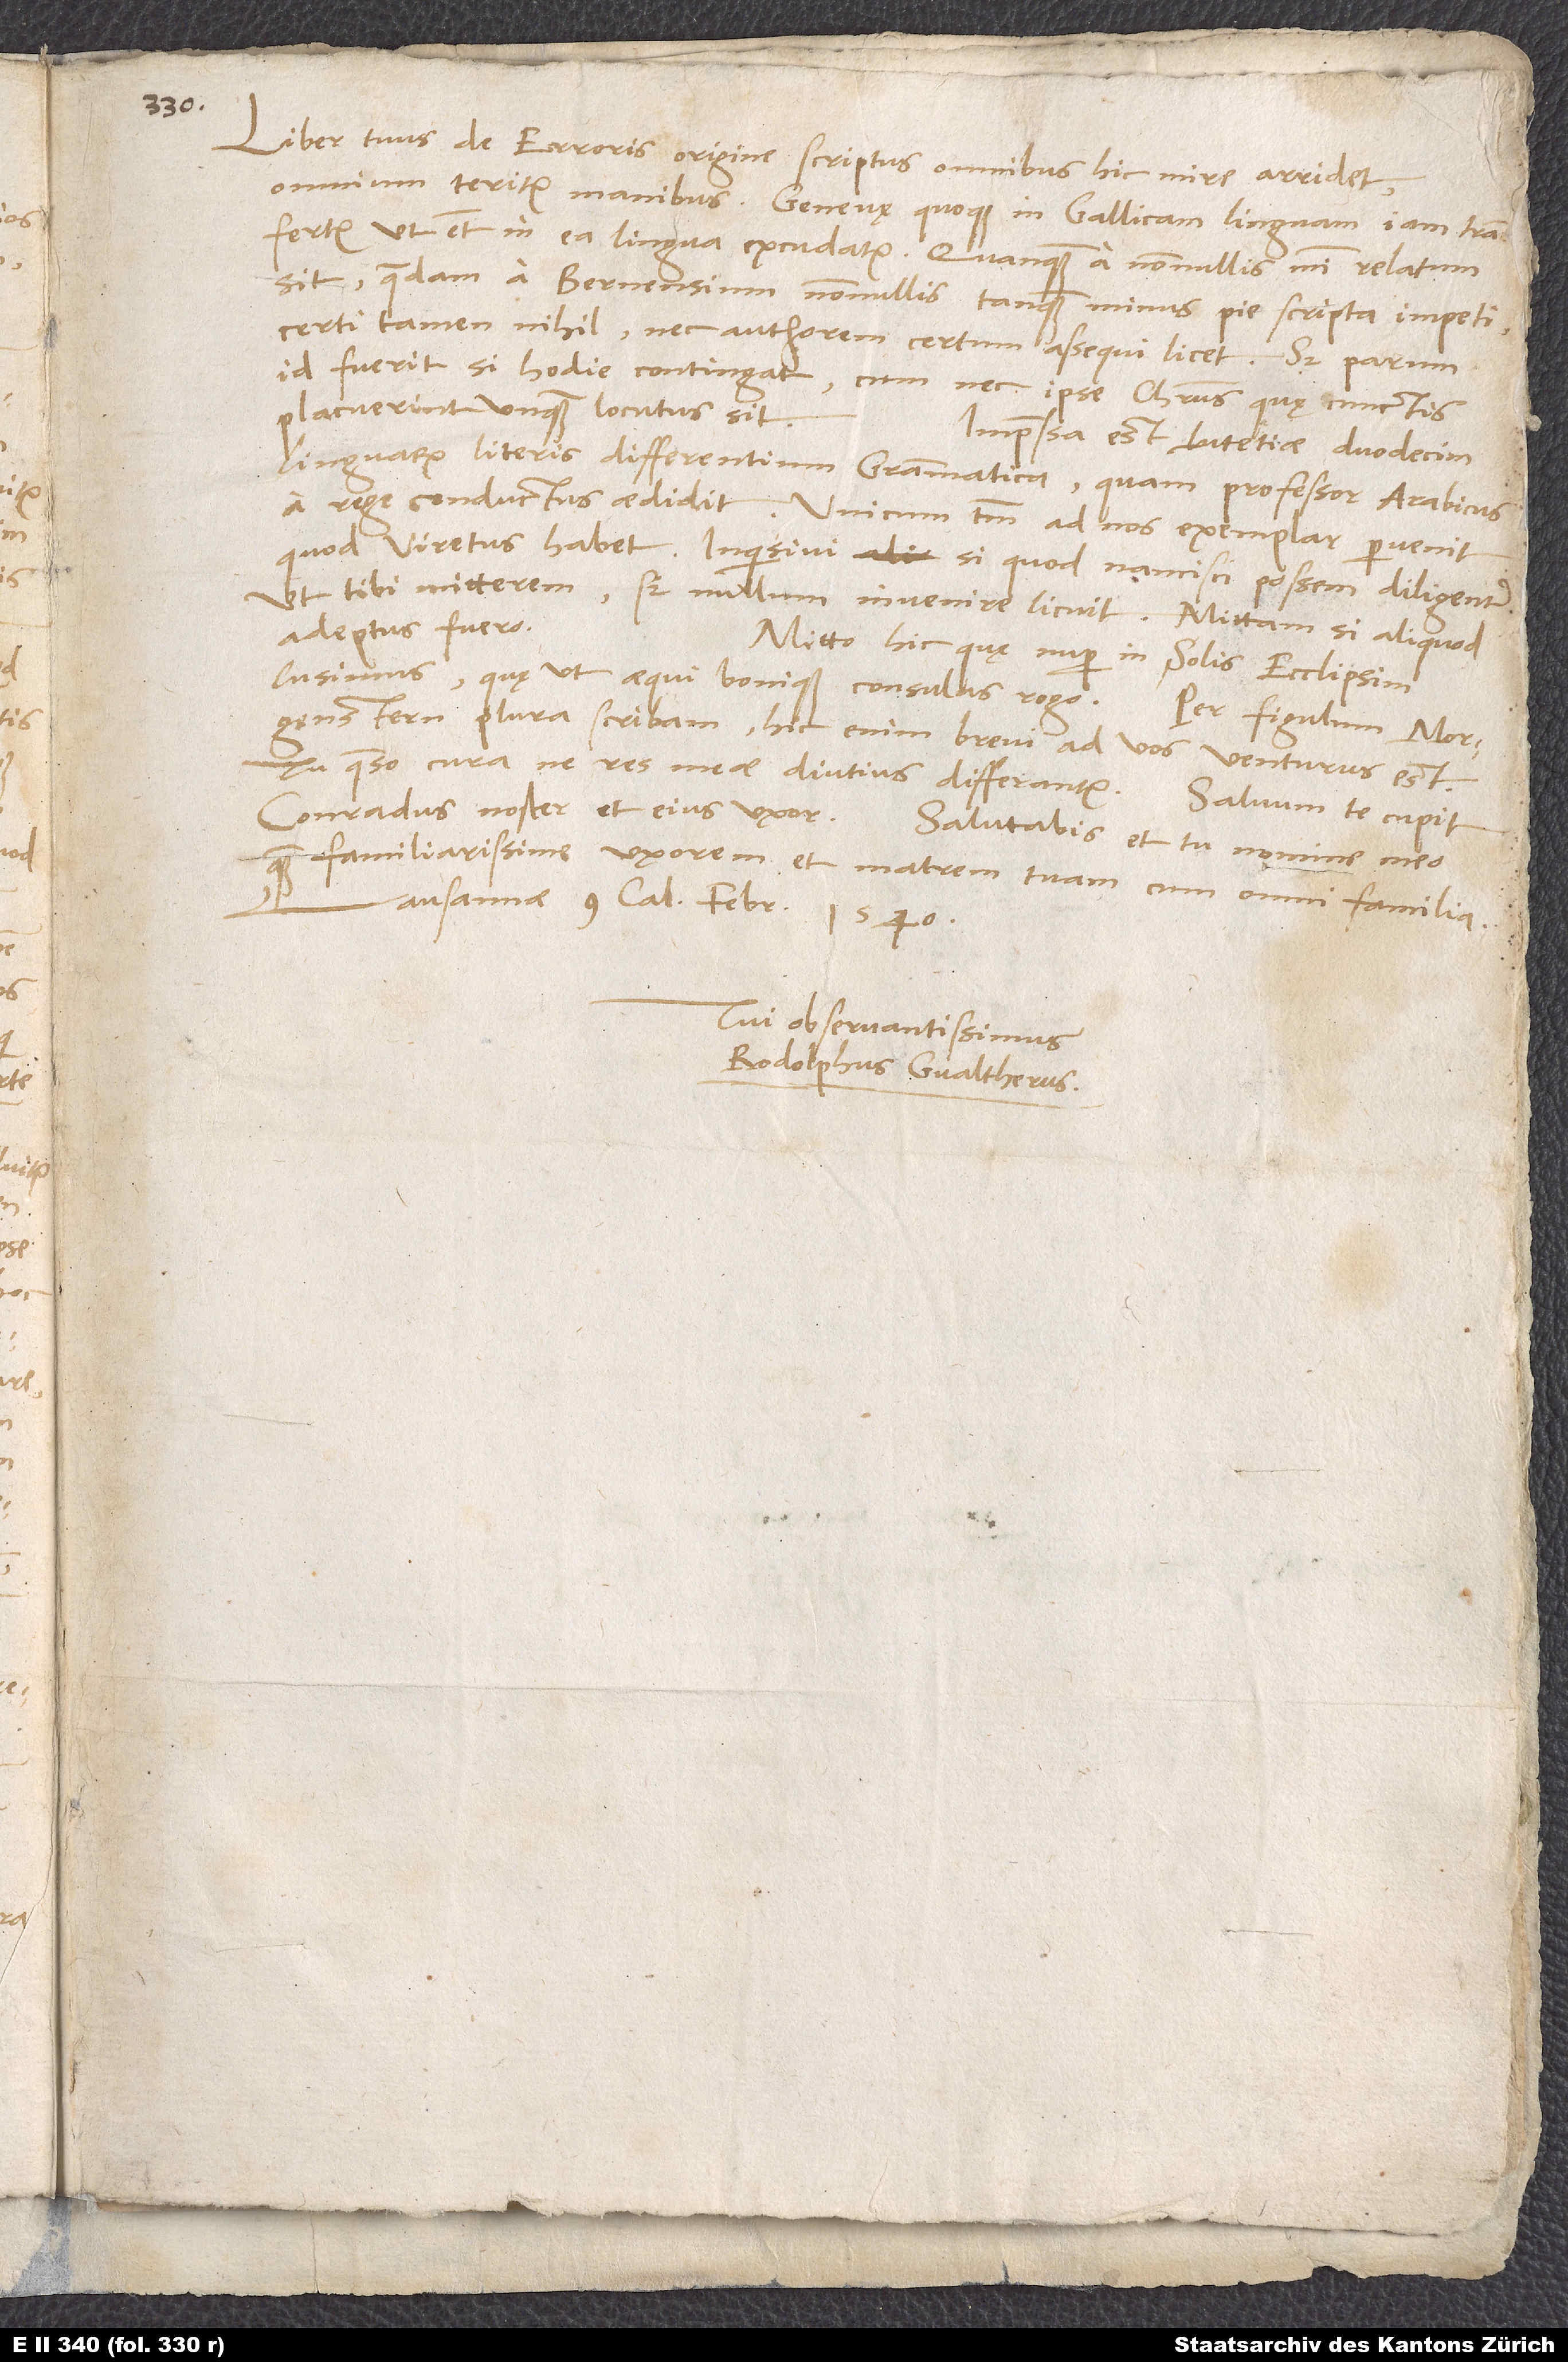
Liber tuus De erroris origine scriptus omnibus hic mire arridet,
omnium teritur manibus. Genevę quoque in Gallicam linguam iam transfertur,
ut etiam in ea lingua excudatur. Quanquam a nonnullis mihi relatum
sit quaedam a Bernensium nonnullis tanquam minus pie scripta impeti;
certi tamen nihil nec authorem certum assequi licet. Sed parum
id fuerit, si hodie contingat, cum nec ipse Christus, quę cunctis
placuerint, unquam locutus sit.
Impressa est Lutetiae duodecim
linguarum literis differentium grammatica, quam professor Arabicus
a rege conductus aedidit. Unicum tantum ad nos exemplar pervenit,
quod Viretus habet. Inquisivi, si quod nancisci possem, diligenter,
ut tibi mitterem, sed nullum invenire licuit. Mittam, si quod
adeptus fuero.
Mitto hic, quę nuper in solis ecclipsim
lusimus, quę ut aequi bonique consulas rogo. Per figulum Morgenstern
plura scribam; hic enim brevi ad vos venturus est.
Tu, quaeso, cura, ne res meae diutius differantur. Salvum te cupit
Conradus noster et eius uxor. Salutabis et tu nomine meo
quam familiarissime uxorem et matrem tuam cum omni familia.
Lausannae, 9. calendas februarii 1540.
Tui observantissimus
Rodolphus Gvaltherus.